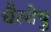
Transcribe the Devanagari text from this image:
चैत्येषु